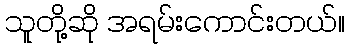
သူတို့ဆို အရမ်းကောင်းတယ်။